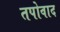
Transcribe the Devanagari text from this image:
तपोवाद